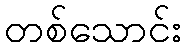
တစ်သောင်း